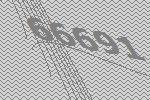
66691